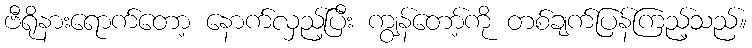
ဗီရိုနားရောက်တော့ နောက်လှည့်ပြီး ကျွန်တော့်ကို တစ်ချက်ပြန်ကြည့်သည်။